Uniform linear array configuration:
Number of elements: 64
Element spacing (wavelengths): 0.75
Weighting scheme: hann
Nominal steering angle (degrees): -60
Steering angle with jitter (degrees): -59.249
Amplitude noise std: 0.05
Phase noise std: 0.05

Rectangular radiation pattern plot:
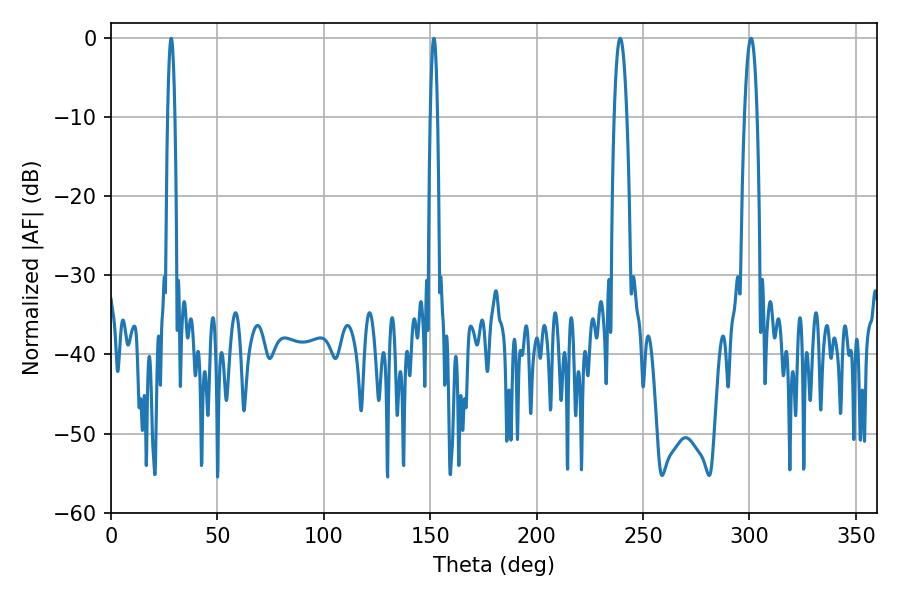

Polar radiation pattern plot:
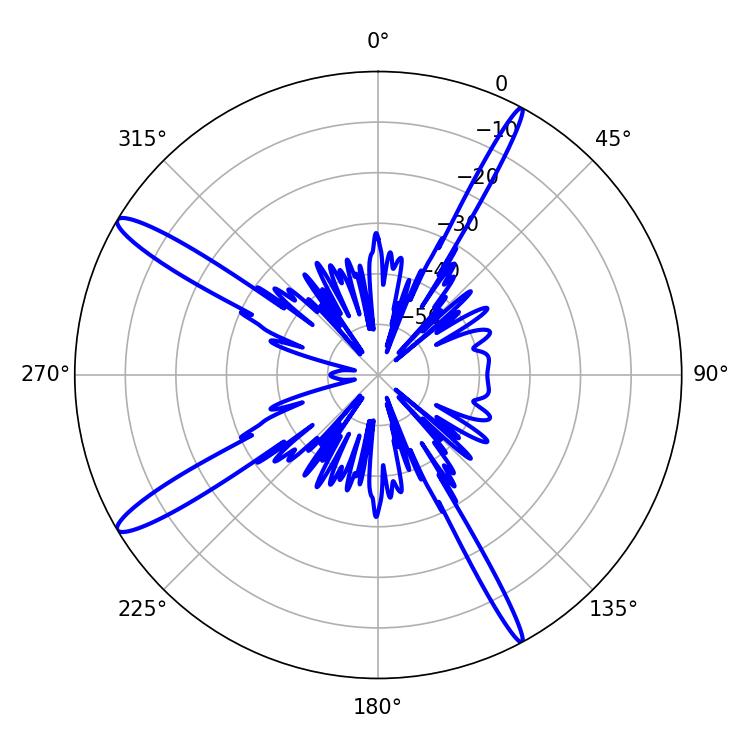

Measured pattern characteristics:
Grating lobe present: TRUE
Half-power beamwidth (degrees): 1.8
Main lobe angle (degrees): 151.74